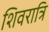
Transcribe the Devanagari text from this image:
शिवरात्रि